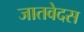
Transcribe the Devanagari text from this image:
जातवेदस